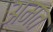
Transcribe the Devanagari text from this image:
अमत